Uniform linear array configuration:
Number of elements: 64
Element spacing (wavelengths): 0.75
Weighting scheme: hann
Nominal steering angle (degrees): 45
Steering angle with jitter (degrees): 43.033
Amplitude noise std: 0.05
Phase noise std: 0.05

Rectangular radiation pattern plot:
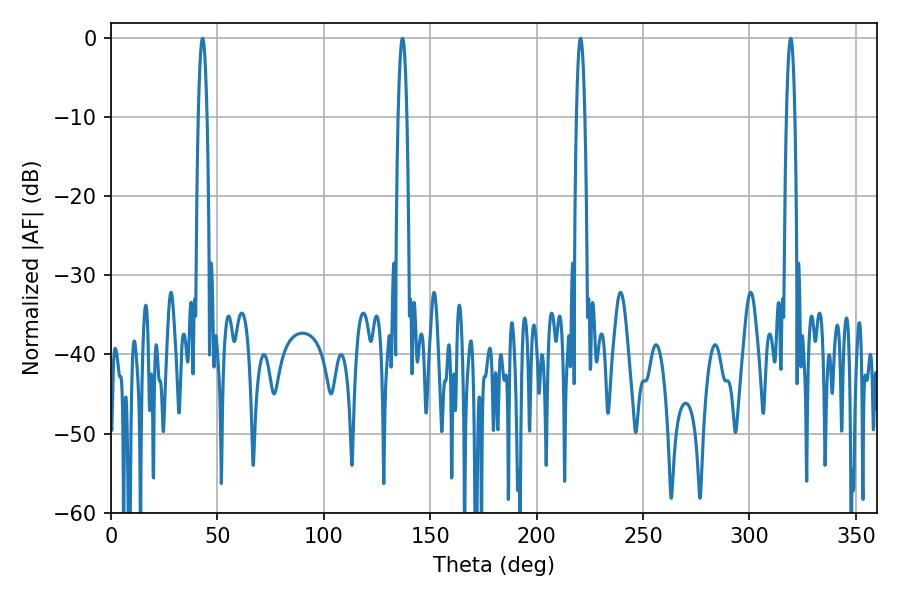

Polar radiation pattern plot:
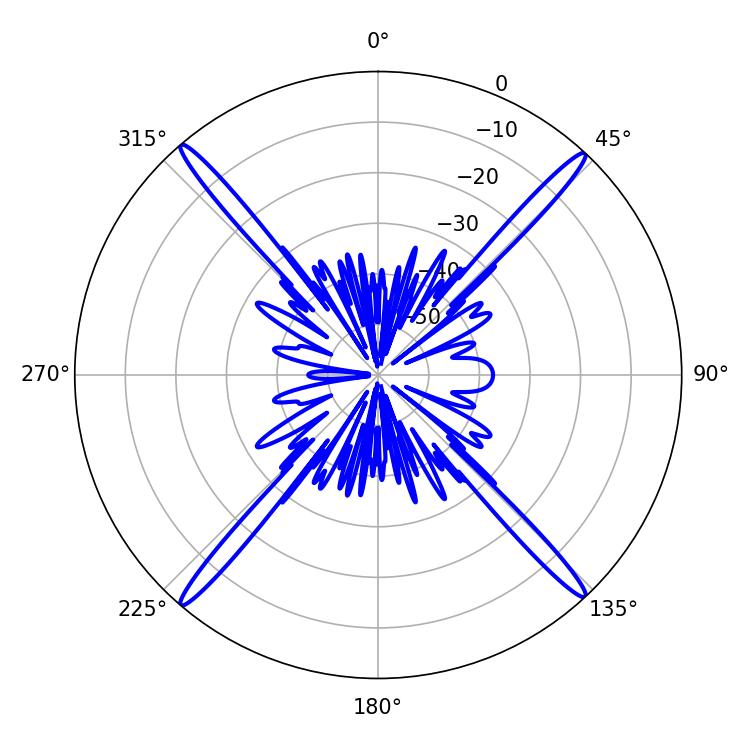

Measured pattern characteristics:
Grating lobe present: TRUE
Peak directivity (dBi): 26.194
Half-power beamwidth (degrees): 2.16
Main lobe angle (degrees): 43.02